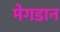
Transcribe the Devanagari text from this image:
मेगडान